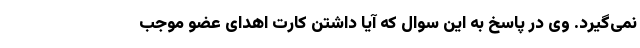
نمی‌گیرد. وی در پاسخ به این سوال که آیا داشتن کارت اهدای عضو موجب